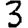
Digit: 3